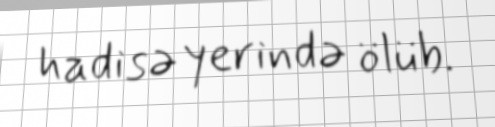
hadisə yerində ölüb.